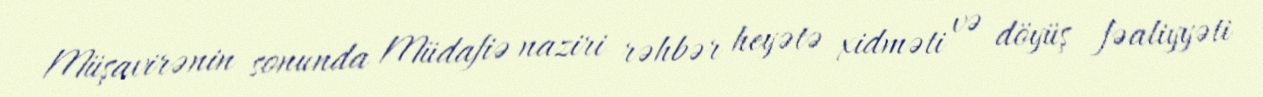
Müşavirənin sonunda Müdafiə naziri rəhbər heyətə xidməti və döyüş fəaliyyəti